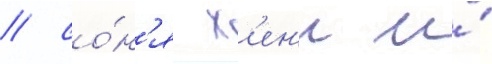
/ со́н'я х'ен'и и́